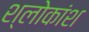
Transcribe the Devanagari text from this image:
श्लोकांश